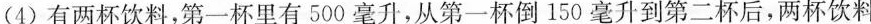
(4)有两杯饮料，第一杯里有500毫升，从第一杯倒150毫升到第二杯后，两杯饮料